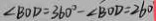
\angle B O D = 3 6 0 ^ { \circ } - \angle B O D = 2 6 0